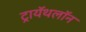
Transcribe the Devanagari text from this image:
ट्रायॅथलॉन